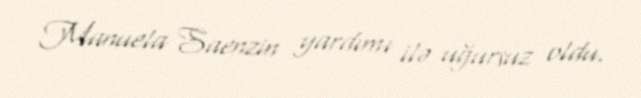
Manuela Saenzin yardımı ilə uğursuz oldu.